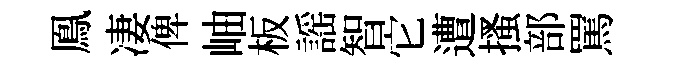
鳯凄俾岫板謡智它遭搔部罵